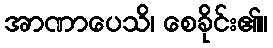
အာဏာပေသိ၊ စေခိုင်း၏။